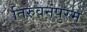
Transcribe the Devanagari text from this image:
तिरुवनंपुरम